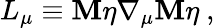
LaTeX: L_{\mu}\equiv{\cal\mathbf{M}}\eta\nabla_{\mu}{\cal\mathbf{M}}\eta\ ,